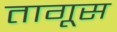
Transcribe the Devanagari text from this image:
तागूस